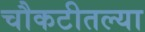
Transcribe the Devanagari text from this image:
चौकटीतल्या